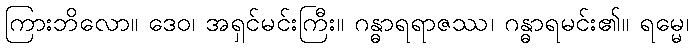
ကြားဘိလော။ ဒေဝ၊ အရှင်မင်းကြီး။ ဂန္ဓာရရာဇဿ၊ ဂန္ဓာရမင်း၏။ ရမ္မေ၊